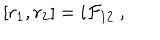
LaTeX: [ r _ { 1 } , r _ { 2 } ] = i { \cal F } _ { 1 2 } ~ ,